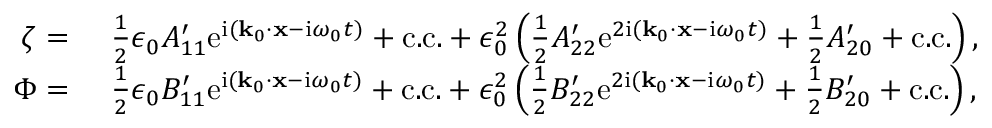
\begin{array} { r l } { \zeta = ~ } & { \frac { 1 } { 2 } \epsilon _ { 0 } A _ { 1 1 } ^ { \prime } \mathrm { e } ^ { \mathrm { i } ( \mathbf { k } _ { 0 } \cdot \mathbf { x } - \mathrm { i } \omega _ { 0 } t ) } + \mathrm { c . c . } + \epsilon _ { 0 } ^ { 2 } \left( \frac { 1 } { 2 } A _ { 2 2 } ^ { \prime } \mathrm { e } ^ { 2 \mathrm { i } ( \mathbf { k } _ { 0 } \cdot \mathbf { x } - \mathrm { i } \omega _ { 0 } t ) } + \frac { 1 } { 2 } A _ { 2 0 } ^ { \prime } + \mathrm { c . c . } \right) , } \\ { \Phi = ~ } & { \frac { 1 } { 2 } \epsilon _ { 0 } B _ { 1 1 } ^ { \prime } \mathrm { e } ^ { \mathrm { i } ( \mathbf { k } _ { 0 } \cdot \mathbf { x } - \mathrm { i } \omega _ { 0 } t ) } + \mathrm { c . c . } + \epsilon _ { 0 } ^ { 2 } \left( \frac { 1 } { 2 } B _ { 2 2 } ^ { \prime } \mathrm { e } ^ { 2 \mathrm { i } ( \mathbf { k } _ { 0 } \cdot \mathbf { x } - \mathrm { i } \omega _ { 0 } t ) } + \frac { 1 } { 2 } B _ { 2 0 } ^ { \prime } + \mathrm { c . c . } \right) , } \end{array}